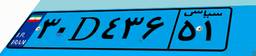
۵۸D۵۸۱۲۶